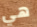
هي